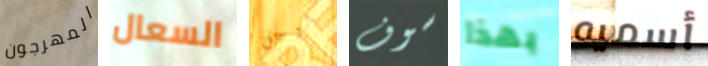
المهرجون السعال برجل سوف بهذا أسميه